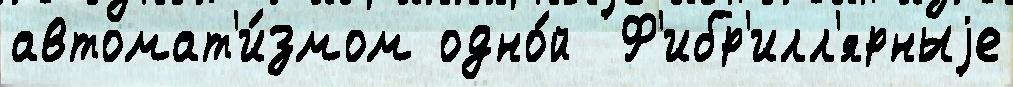
автомат'и́змом одно́й  Ф'ибр'илл'ярныjе